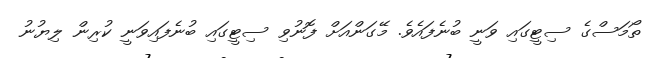
ތޯމަސްގެ ސިޓީގައި ވަނީ ބުނެފައެވެ. މޭގަންއަށް ފޮނުވި ސިޓީގައި ބުނެފައިވަނީ ކުރިން ލިޔުނު